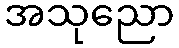
အသုညော